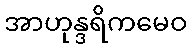
အာဟုန္ဒရိကမေဝ